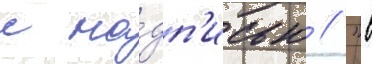
с на́дп'исью // "в